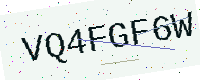
Text: VQ4FGF6W